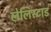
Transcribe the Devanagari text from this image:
लेलिस्टाड